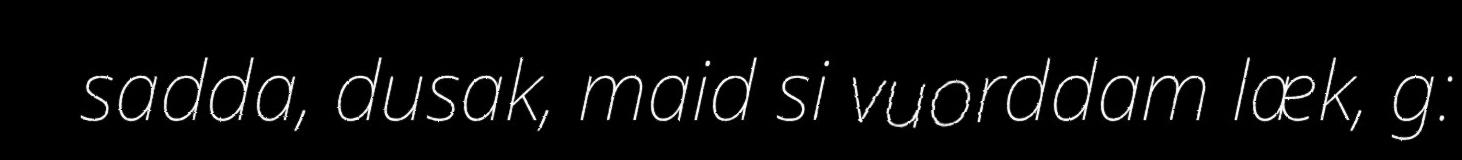
sadda, dusak, maid si vuorddam læk, g: